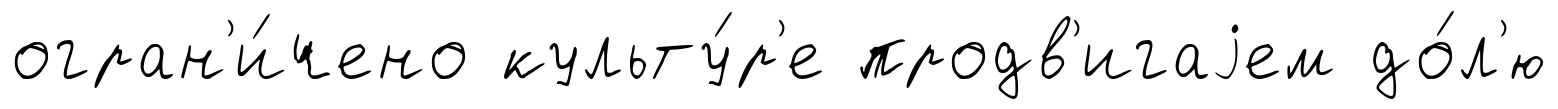
огран'и́чено культу́р'е продв'игаjем до́л'ю